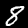
Label: 8